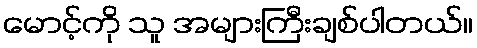
မောင့်ကို သူ အများကြီးချစ်ပါတယ်။